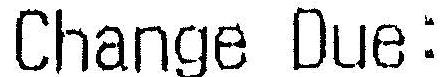
CHANGE DUE: